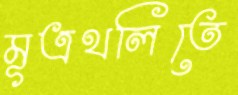
মূত্রথলিতে